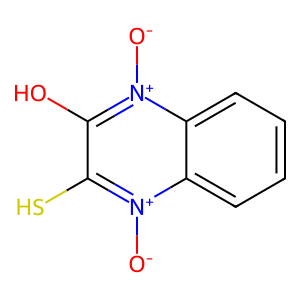
SMILES: [O-][n+]1c(O)c(S)[n+]([O-])c2ccccc21
Inhibits HIV replication: No